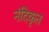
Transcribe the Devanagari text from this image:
नंदिकृत